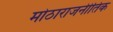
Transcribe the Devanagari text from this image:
मोठाराजनीतिक